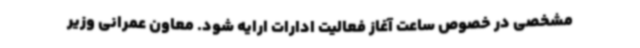
مشخصی در خصوص ساعت آغاز فعالیت ادارات ارایه شود. معاون عمرانی وزیر